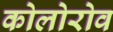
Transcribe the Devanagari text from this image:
कोलोरोव